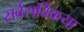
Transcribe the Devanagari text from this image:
सर्वसर्विकया